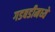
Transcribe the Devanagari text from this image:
गडबडीमध्ये